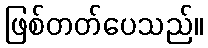
ဖြစ်တတ်ပေသည်။